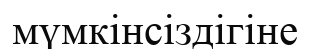
мүмкінсіздігіне